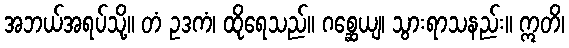
အဘယ်အရပ်သို့။ တံ ဥဒကံ၊ ထိုရေသည်။ ဂစ္ဆေယျ၊ သွားရာသနည်း။ ဣတိ၊